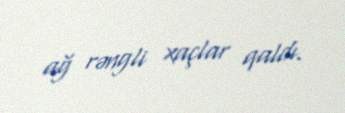
ağ rəngli xaçlar qaldı.